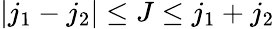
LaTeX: |j_{1}-j_{2}|\leq J\leq j_{1}+j_{2}